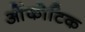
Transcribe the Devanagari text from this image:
ओंकोटिक